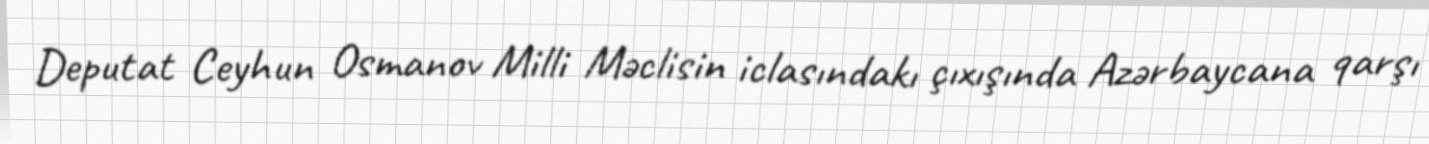
Deputat Ceyhun Osmanov Milli Məclisin iclasındakı çıxışında Azərbaycana qarşı